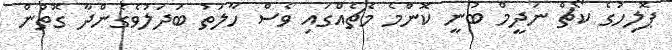
ޕޮލިހުގެ ކޯޗް ނަދީމް ބުނީ ކޮންމެ މެޗެއްގައި ވެސް ހާލަތު ބަދަލުވެގެންދާ ގޮތުން